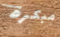
مبكرة